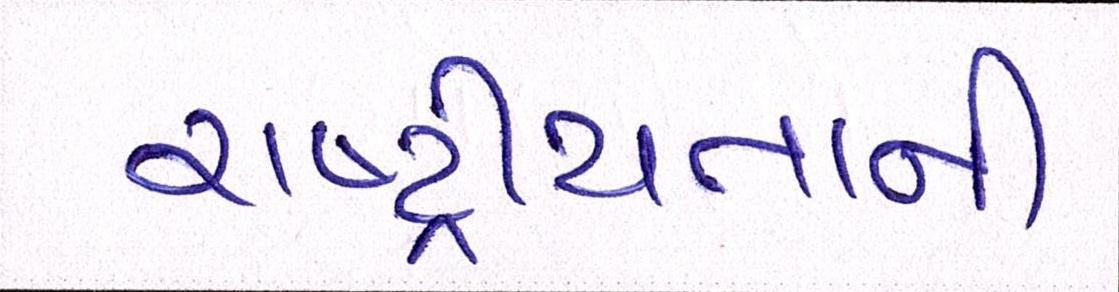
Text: રાષ્ટ્રીયતાની